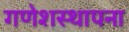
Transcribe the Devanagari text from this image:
गणेशस्थापना